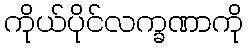
ကိုယ်ပိုင်လက္ခဏာကို